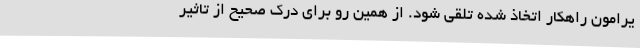
یرامون راهکار اتخاذ شده تلقی شود. از همین رو برای درک صحیح از تاثیر